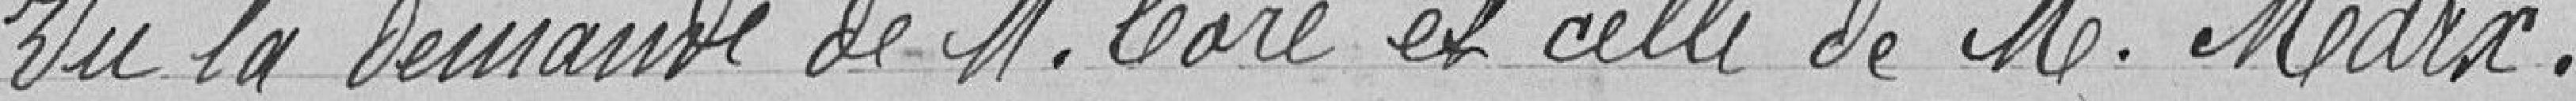
Vu la demande de M. Coré et celle de M. Marx,